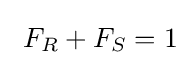
\ F_{R}+F_{S}=1